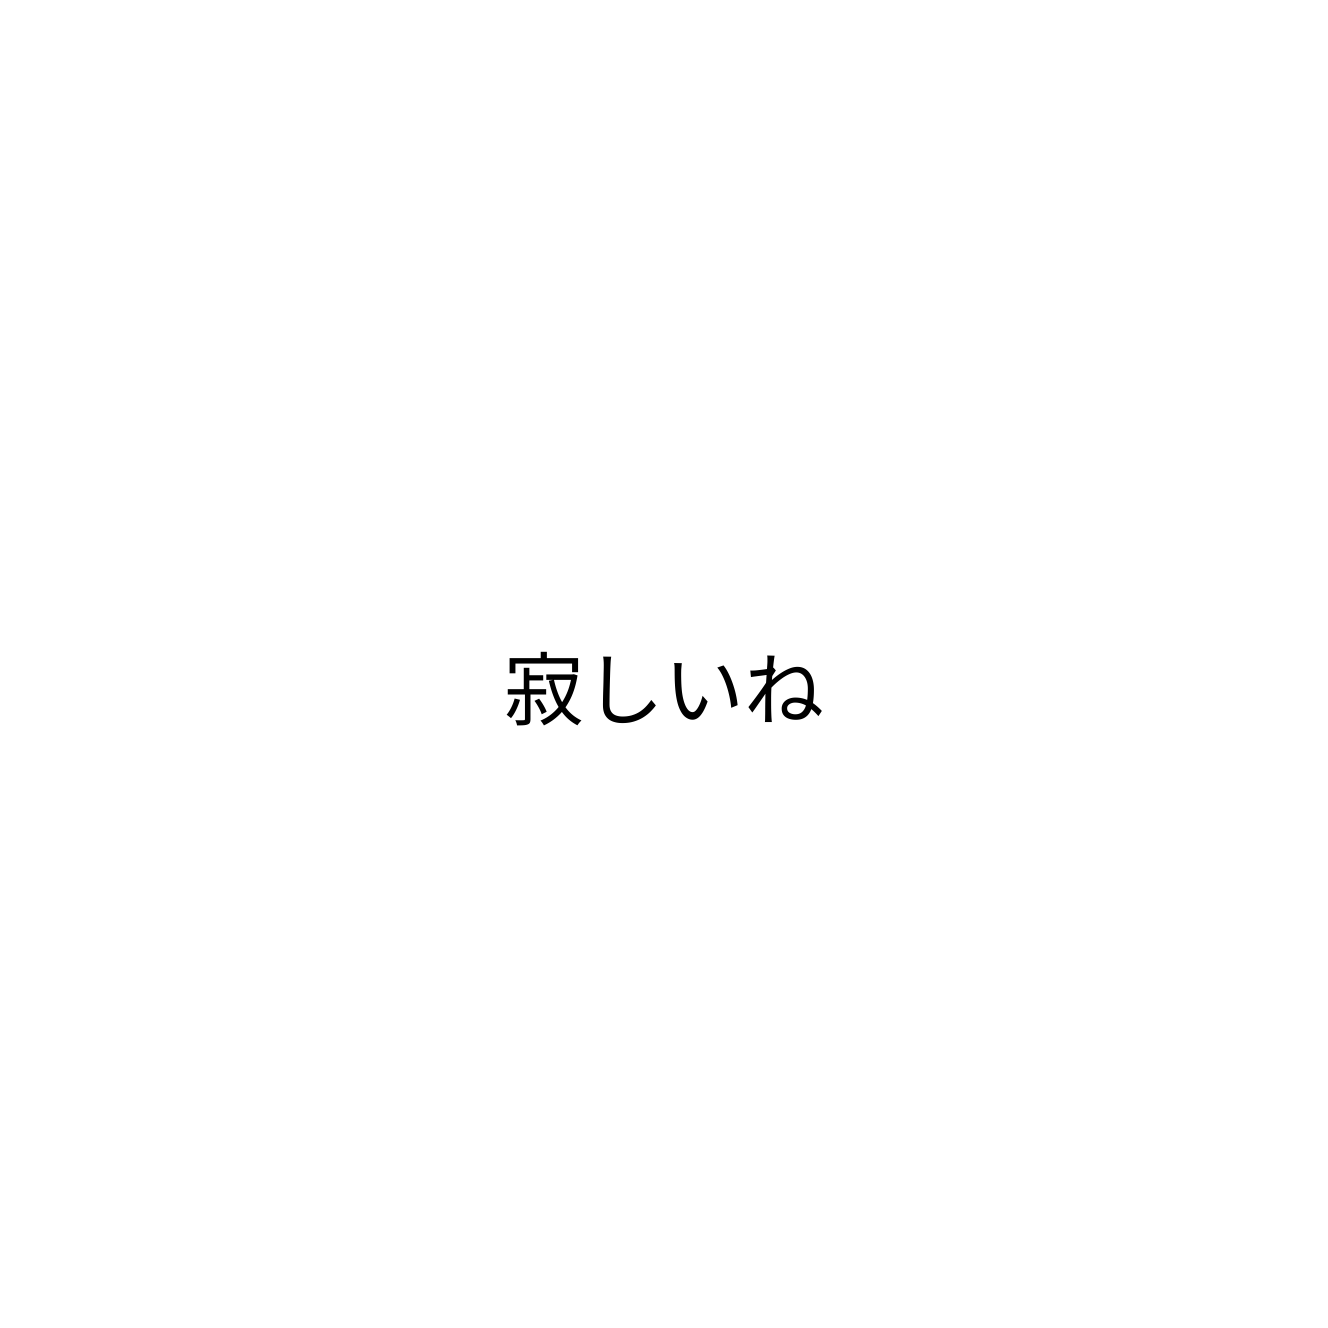
寂しいね